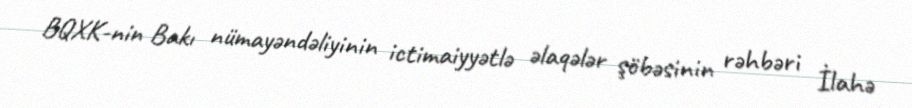
BQXK-nin Bakı nümayəndəliyinin ictimaiyyətlə əlaqələr şöbəsinin rəhbəri İlahə